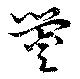
鎣